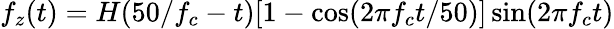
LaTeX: f_{z}(t)=H(50/f_{c}-t)[1-\cos(2\pi f_{c}t/50)]\sin(2\pi f_{c}t)